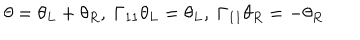
\theta = \theta _ { L } + \theta _ { R } , \ \Gamma _ { 1 1 } \theta _ { L } = \theta _ { L } , \ \Gamma _ { 1 1 } \theta _ { R } = - \theta _ { R }